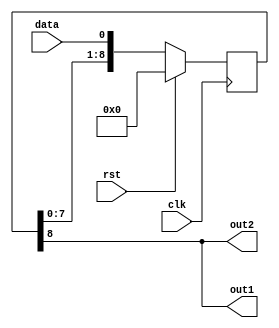
module shifter 
#(
    parameter shift1 = 8,
    parameter shift2 = 8
)
(
    input clk,
    input rst,
    input data,
    output out1,
    output out2
);

    localparam regsize = (shift1 > shift2) ? shift1 : shift2;

    reg [regsize:0] bits;

    always @ (posedge clk) begin
        if (rst)
            bits = 0;
        else begin
            bits = {bits[regsize-1:0], data};
        end
    end

    assign out1 = bits[shift1];
    assign out2 = bits[shift2];

endmodule